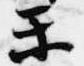
楽